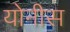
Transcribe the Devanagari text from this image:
योनीस